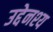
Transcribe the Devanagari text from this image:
उद्देनश्‍य